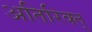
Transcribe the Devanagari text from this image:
अतिरिक्त्